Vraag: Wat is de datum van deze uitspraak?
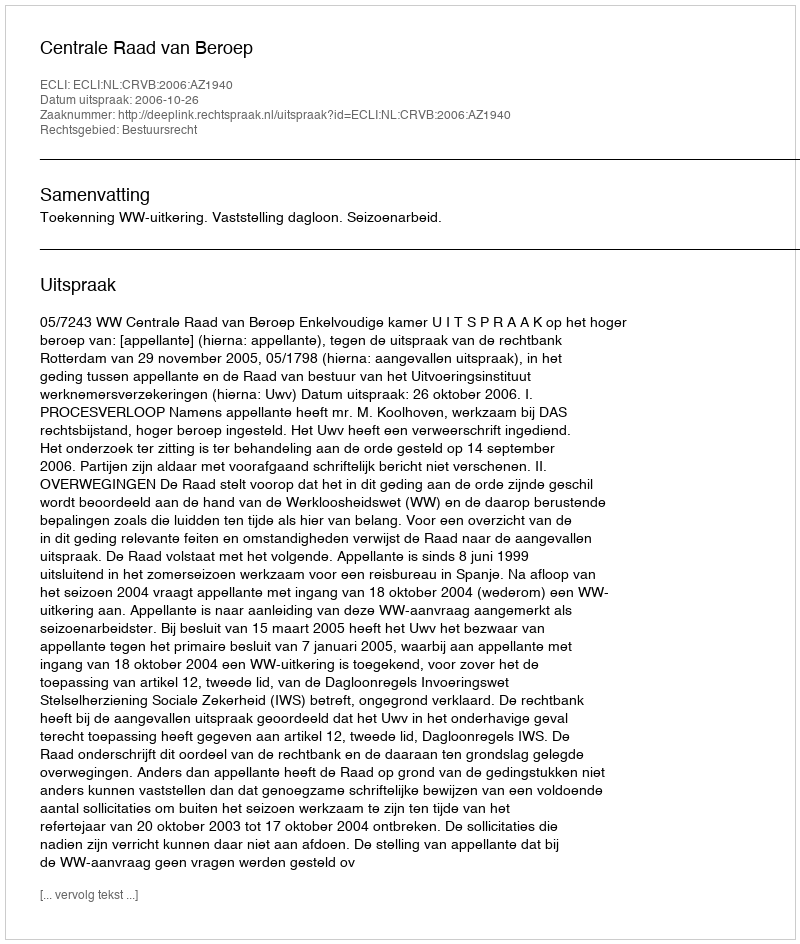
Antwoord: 2006-10-26